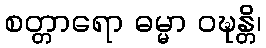
စတ္တာရော ဓမ္မာ ဝဍ္ဎန္တိ၊